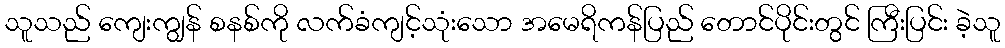
သူသည် ကျေးကျွန် စနစ်ကို လက်ခံကျင့်သုံးသော အမေရိကန်ပြည် တောင်ပိုင်းတွင် ကြီးပြင်း ခဲ့သူ